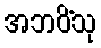
အဘဝိံသု